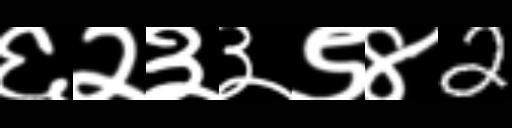
Text: ६२३३९४2